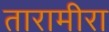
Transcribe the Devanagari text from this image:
तारामीरा